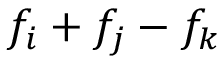
f _ { i } + f _ { j } - f _ { k }